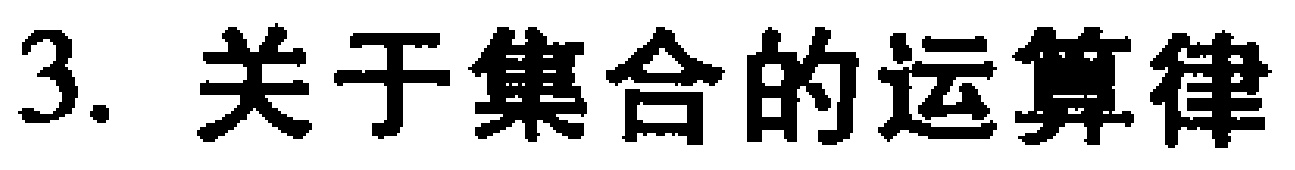
3. 关于集合的运算律